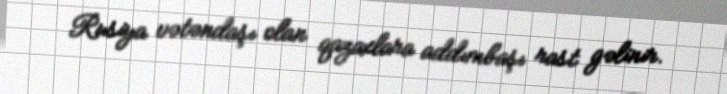
Rusiya vətəndaşı olan qazaxlara addımbaşı rast gəlinir.